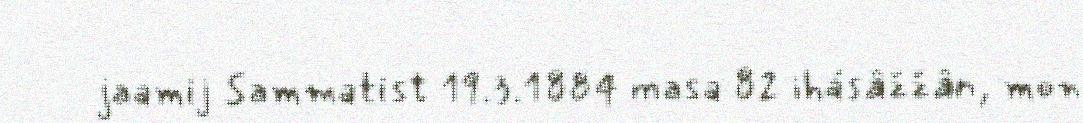
jaamij Sammatist 19.3.1884 masa 82 ihásâžžân, mon